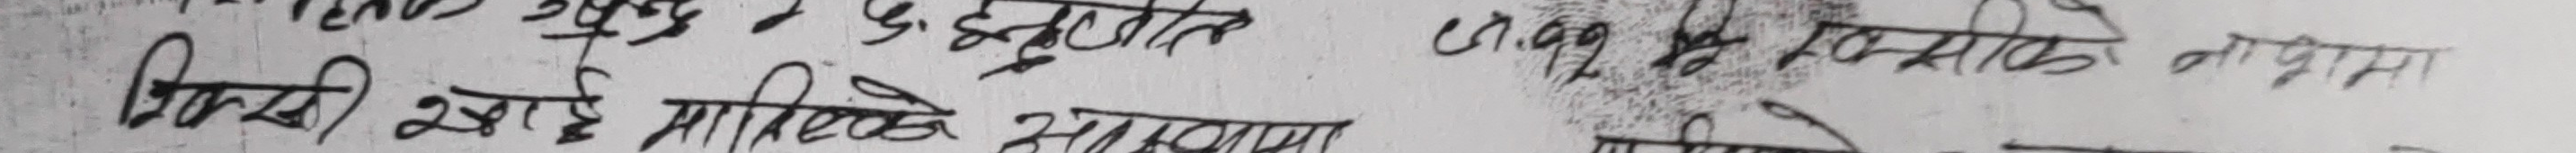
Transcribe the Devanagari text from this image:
पिल्पी खाई माफियै समस्या
१०.५२ २६ साझे ना प्राप्त